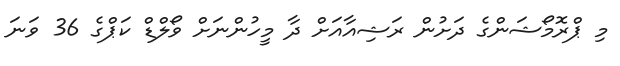
މި ޕްރޮމޯޝަންގެ ދަށުން ރަޝިއާއަށް ދާ މީހުންނަށް ވޯލްޑް ކަޕްގެ 36 ވަނަ